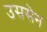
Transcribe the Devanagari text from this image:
उससेन